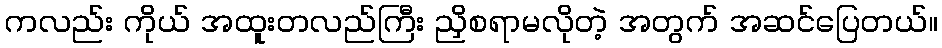
ကလည်း ကိုယ် အထူးတလည်ကြီး ညှိစရာမလိုတဲ့ အတွက် အဆင်ပြေတယ်။